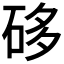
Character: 𥒥